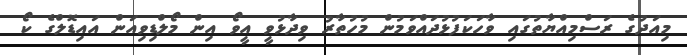
މިއަދުގެ ރަސްމިއްޔާތުގައި ވާހަކަފުޅުދައްވަމުން މުހުތާރު ވިދާޅުވީ އީވޯ އިން މޯލްޑިވިއަން އައިޑޮލްގެ ކޯ